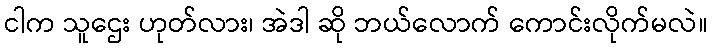
ငါက သူဌေး ဟုတ်လား၊ အဲဒါ ဆို ဘယ်လောက် ကောင်းလိုက်မလဲ။